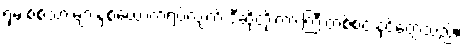
ရှမ်းစစ်သားများနှစ်ယောက်ရပ်လျက် ဒီဆိုတိုးကားကြီးတစ်စင်းနှင့်တွေ့သည်။